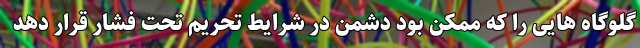
گلوگاه هایی را که ممکن بود دشمن در شرایط تحریم تحت فشار قرار دهد